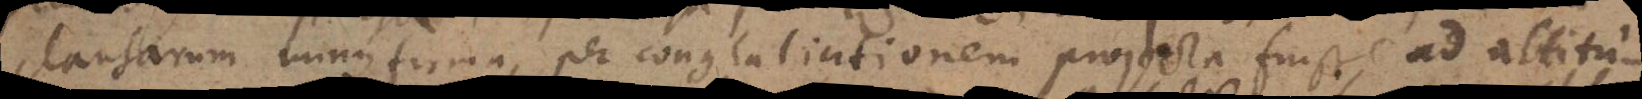
clausarum minus firma, per conglaciationem projecta fuisse ad altitu-